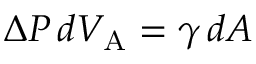
\Delta P \, d V _ { \mathrm { { A } } } = \gamma \, d A